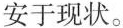
安于现状。